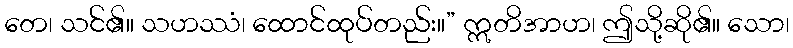
တေ၊ သင်၏။ သဟဿံ၊ ထောင်ထုပ်တည်း။” ဣတိအာဟ၊ ဤသို့ဆို၏။ သော၊